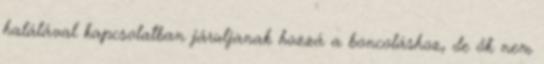
halálával kapcsolatban járuljanak hozzá a boncoláshoz, de ők nem